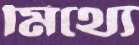
মিথ্যে